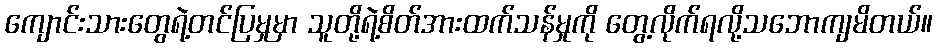
ကျောင်းသားတွေရဲ့တင်ပြမှုမှာ သူတို့ရဲ့စိတ်အားထက်သန်မှုကို တွေ့လိုက်ရလို့သဘောကျမိတယ်။